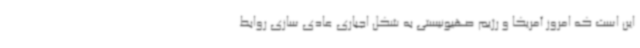
این است که امروز آمریکا و رژیم صهیونیستی به شکل اجباری عادی سازی روابط